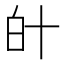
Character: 𤽁